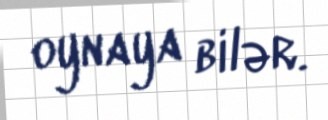
oynaya bilər.